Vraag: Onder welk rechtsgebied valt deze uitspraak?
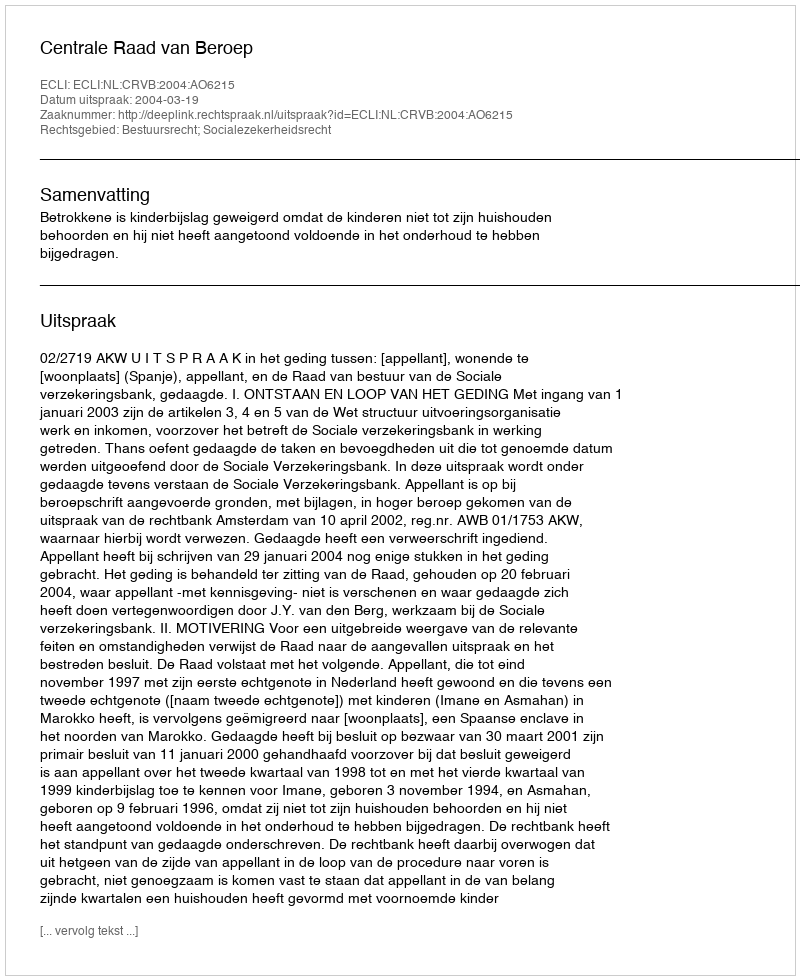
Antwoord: Bestuursrecht; Socialezekerheidsrecht